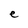
Character: e